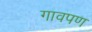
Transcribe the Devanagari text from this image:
गावपण